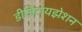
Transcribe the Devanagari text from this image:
डीजिटायझेशन